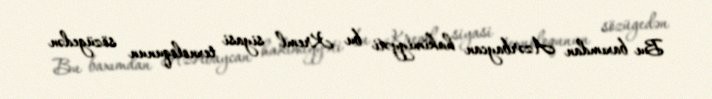
Bu baxımdan Azərbaycan hakimiyyəti bu Kreml siyasi texnoloqunun sözügedən